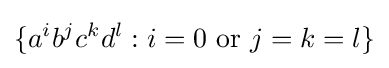
\{a^{i}b^{j}c^{k}d^{l}:i=0{\text{ or }}j=k=l\}